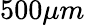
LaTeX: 500\mu m